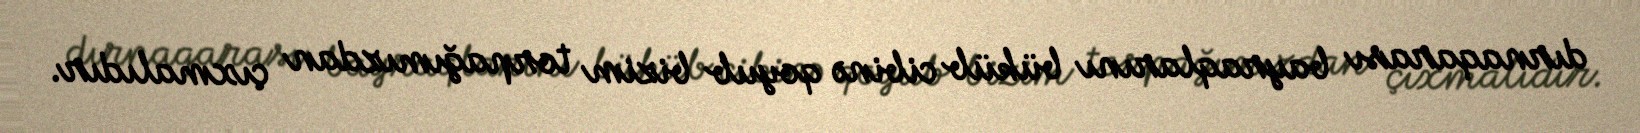
dırnaqarası bayraqlarını büküb cibinə qoyub bizim torpağımızdan çıxmalıdır.